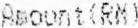
AMOUNT(RM)